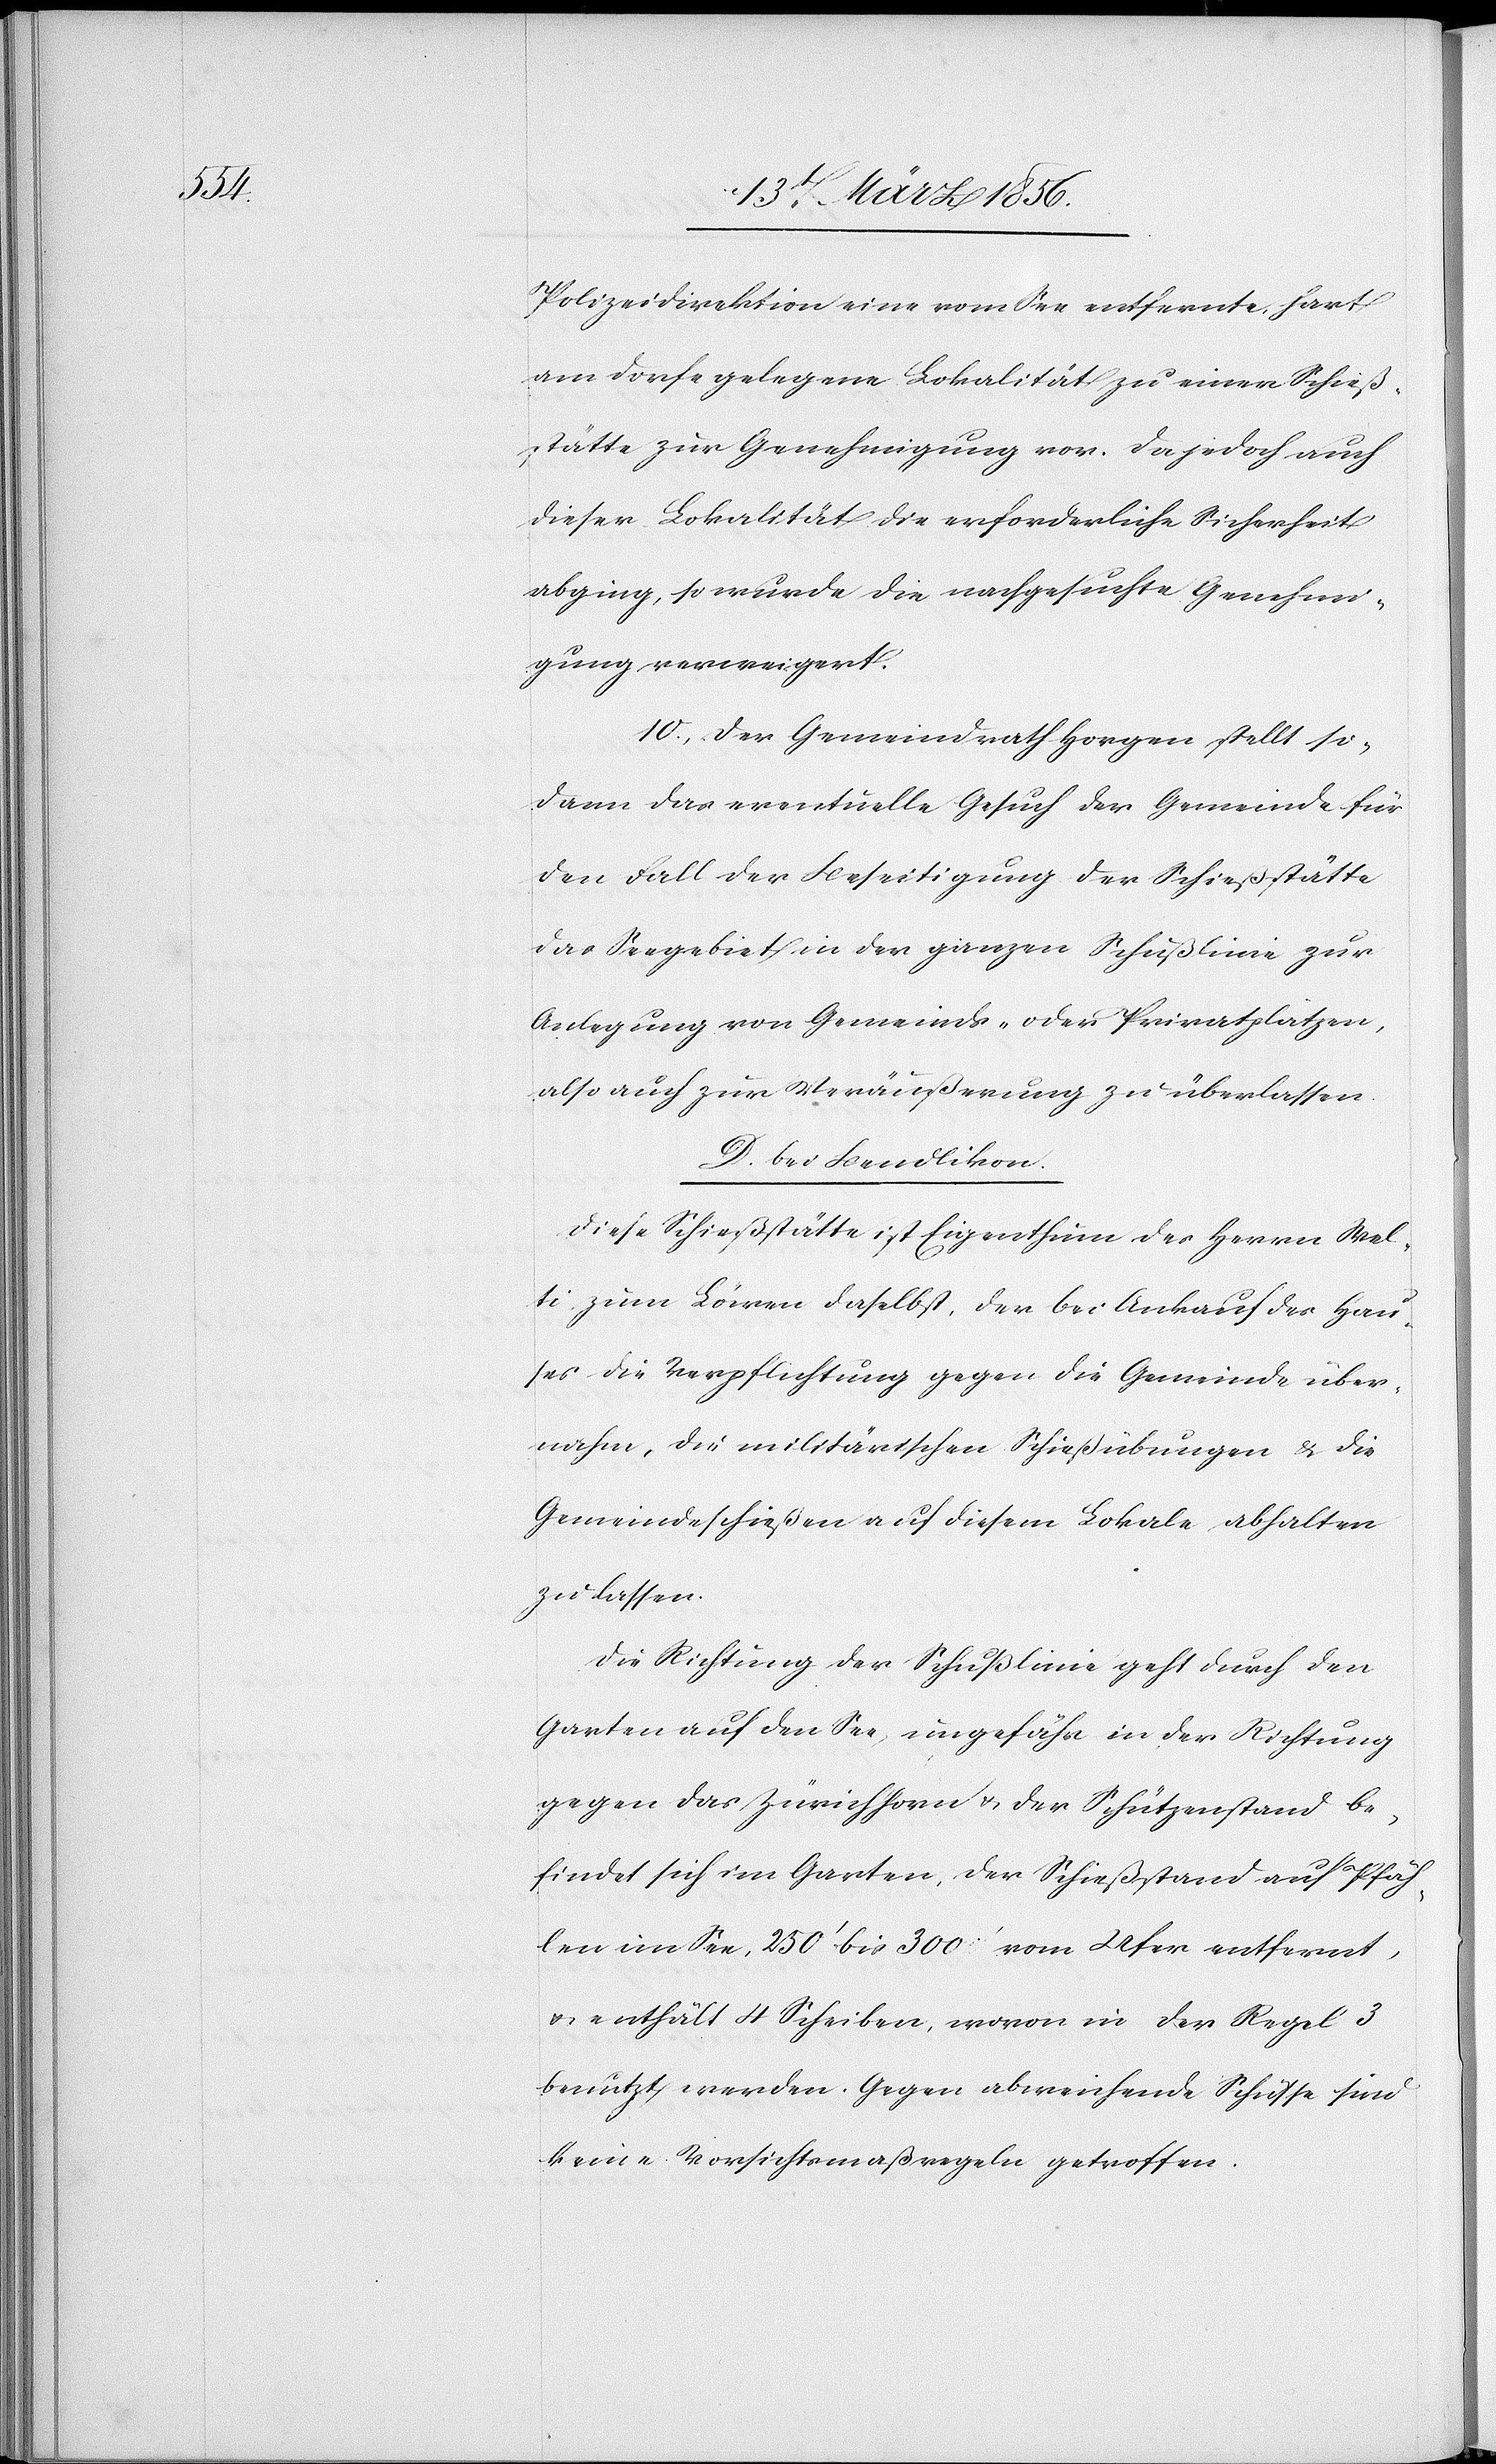
Polizeidirektion eine vom See entfernte, hart
am Dorfe gelegene Lokalität zu einer Schieß¬
stätte zur Genehmigung vor. Da jedoch auch
dieser Lokalität die erforderliche Sicherheit
abging, so wurde die nachgesuchte Genehmi¬
gung verweigert.
10., Der Gemeindrath Horgen stellt so¬
dann das eventuelle Gesuch der Gemeinde für
den Fall der Beseitigung der Schießstätte
das Seegebiet in der ganzen Schußlinie zur
Anlegung von Gemeinds- oder Privatplätzen,
also auch zur Veräußerung zu überlassen.
D. bei Bendlikon.
Diese Schießstätte ist Eigenthum des Herrn Wel¬
ti zum Löwen daselbst, der bei Ankauf des Hau¬
ses die Verpflichtung gegen die Gemeinde über¬
nahm, die militärischen Schießübungen & die
Gemeindeschießen auf diesem Lokale abhalten
zu lassen.
Die Richtung der Schußlinie geht durch den
Garten auf den See, ungefähr in der Richtung
gegen das Zürichhorn & der Schützenstand be¬
findet sich im Garten, der Schießstand auf Pfäh¬
len im See, 250’ bis 300’ vom Ufer entfernt,
u. enthält 4 Scheiben, wovon in der Regel 3
benützt werden. Gegen abweichende Schüsse sind
keine Vorsichtsmaßregeln getroffen.